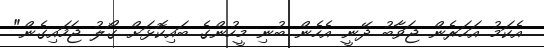
އެކަމު އަހަރެން ޖަވާބު ދޭނީ އެހެން ބުނި މީހުންގެ ބައިކޮޅަށް ގޯލު ޖަހައިގެން"